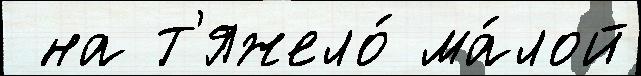
 на т'яжело́ ма́лой